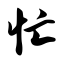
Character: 忙